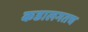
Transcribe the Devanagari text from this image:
कडालगतच